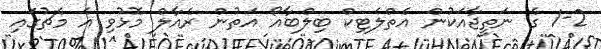
1-2 ގެ ނަތީޖާއަކުން އެތްލެޓިކް ބިލްބާއޯ އަތުން ރެއާލް މޮޅުވި އެ މެޗުގައި